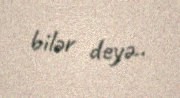
bilər deyə..